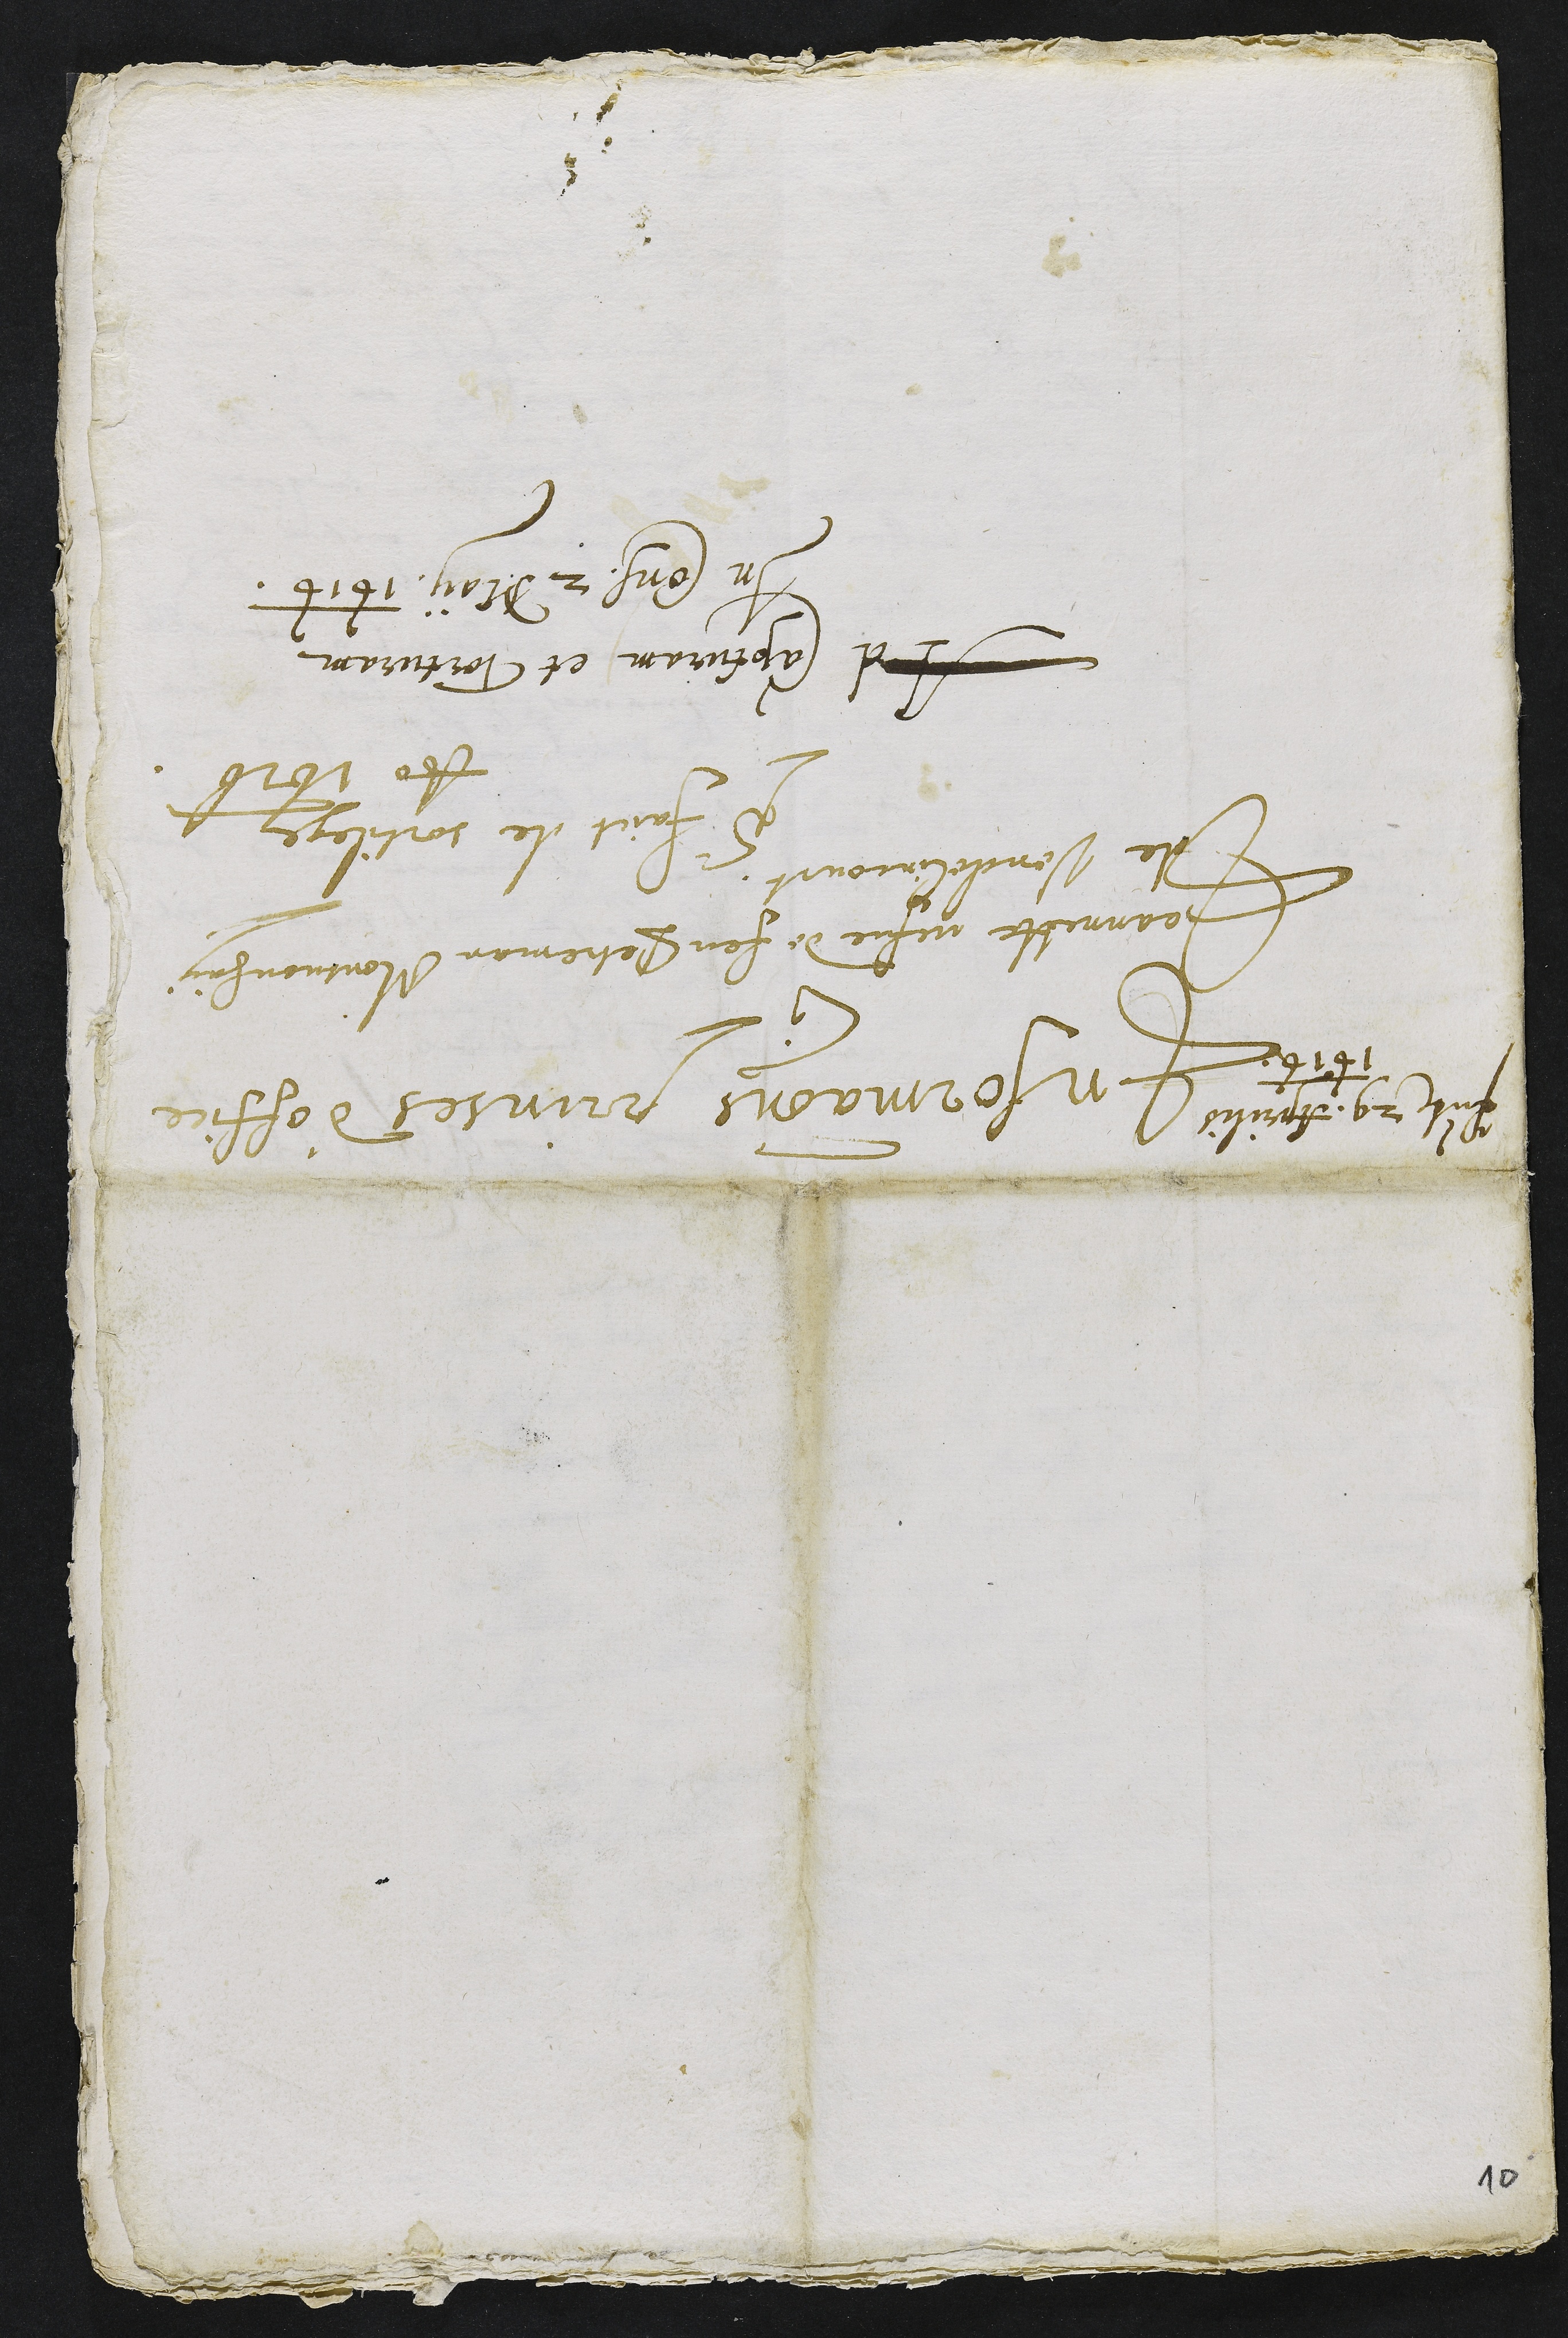
Presentatum 29. Aprilis
1616
Informations prinses d'office
contre
Jeannette vefve de feu Petreman Montvouhay
de Vendelincourt.
Pour faict de sortilege
Anno 1616
Ad capturam et Torturam.
In Consilio 2 May 1616.